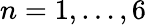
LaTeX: n=1,\ldots,6